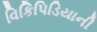
વિકિપિડિયાની